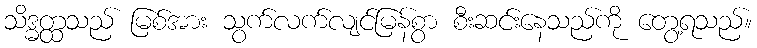
သိဒ္ဓတ္ထသည် မြစ်အား သွက်လက်လျင်မြန်စွာ စီးဆင်းနေသည်ကို တွေ့ရသည်။